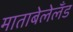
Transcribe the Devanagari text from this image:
माताबेलेलँड